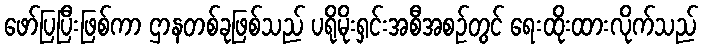
ဖော်ပြပြီးဖြစ်ကာ ဌာနတစ်ခုဖြစ်သည် ပရိုမိုးရှင်းအစီအစဉ်တွင် ရေးထိုးထားလိုက်သည်